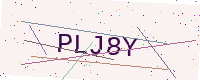
Text: PLJ8Y